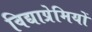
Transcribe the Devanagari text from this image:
विद्याप्रेमियों